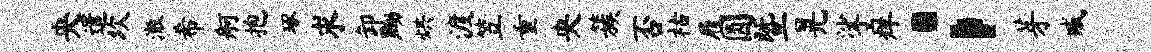
央遣坎澈希舸抱琢求卸黝烘渡笠重央簇否祜履圆暨晃挲痒；芽臧